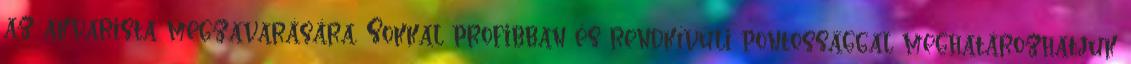
az akvarista megzavarására. Sokkal profibban és rendkívüli pontossággal meghatározhatjuk